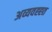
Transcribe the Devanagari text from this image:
अव्यवह्ह्त